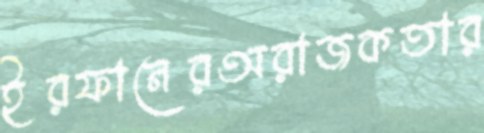
ইরফানেরঅরাজকতার